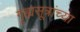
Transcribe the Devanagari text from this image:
गृह्यसूत्रांच्या